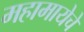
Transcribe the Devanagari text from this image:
महामायेचे